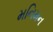
મનિમન